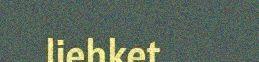
liehket